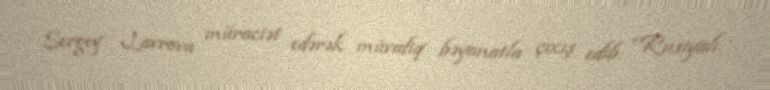
Sergey Lavrova müraciət edərək müvafiq bəyanatla çıxış edib: “Rusiyalı